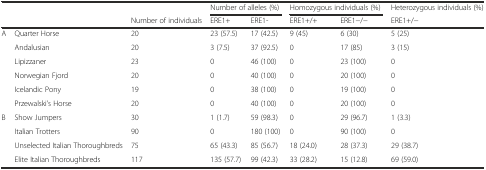
<table><thead><tr><td colspan="3"></td><td colspan="2"><b>Number of alleles (%)</b></td><td colspan="2"><b>Homozygous individuals (%)</b></td><td><b>Heterozygous individuals (%)</b></td></tr><tr><td colspan="2"></td><td><b>Number of individuals</b></td><td><b>ERE1+</b></td><td><b>ERE1-</b></td><td><b>ERE1+/+</b></td><td><b>ERE1−/−</b></td><td><b>ERE1+/−</b></td></tr></thead><tbody><tr><td rowspan="6">A</td><td>Quarter Horse</td><td>20</td><td>23 (57.5)</td><td>17 (42.5)</td><td>9 (45)</td><td>6 (30)</td><td>5 (25)</td></tr><tr><td>Andalusian</td><td>20</td><td>3 (7.5)</td><td>37 (92.5)</td><td>0</td><td>17 (85)</td><td>3 (15)</td></tr><tr><td>Lipizzaner</td><td>23</td><td>0</td><td>46 (100)</td><td>0</td><td>23 (100)</td><td>0</td></tr><tr><td>Norwegian Fjord</td><td>20</td><td>0</td><td>40 (100)</td><td>0</td><td>20 (100)</td><td>0</td></tr><tr><td>Icelandic Pony</td><td>19</td><td>0</td><td>38 (100)</td><td>0</td><td>19 (100)</td><td>0</td></tr><tr><td>Przewalski’s Horse</td><td>20</td><td>0</td><td>40 (100)</td><td>0</td><td>20 (100)</td><td>0</td></tr><tr><td rowspan="4">B</td><td>Show Jumpers</td><td>30</td><td>1 (1.7)</td><td>59 (98.3)</td><td>0</td><td>29 (96.7)</td><td>1 (3.3)</td></tr><tr><td>Italian Trotters</td><td>90</td><td>0</td><td>180 (100)</td><td>0</td><td>90 (100)</td><td>0</td></tr><tr><td>Unselected Italian Thoroughbreds</td><td>75</td><td>65 (43.3)</td><td>85 (56.7)</td><td>18 (24.0)</td><td>28 (37.3)</td><td>29 (38.7)</td></tr><tr><td>Elite Italian Thoroughbreds</td><td>117</td><td>135 (57.7)</td><td>99 (42.3)</td><td>33 (28.2)</td><td>15 (12.8)</td><td>69 (59.0)</td></tr></tbody></table>